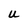
Character: u